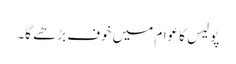
پولیس کا عوام میں خوف بڑھے گا۔